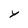
Character: Y